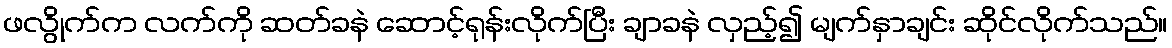
ဖလွိုက်က လက်ကို ဆတ်ခနဲ ဆောင့်ရုန်းလိုက်ပြီး ချာခနဲ လှည့်၍ မျက်နှာချင်း ဆိုင်လိုက်သည်။